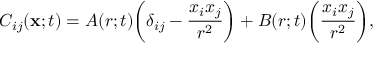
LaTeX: C _ { i j } ( { \bf x } ; t ) = A ( r ; t ) \bigg ( \delta _ { i j } - \frac { x _ { i } x _ { j } } { r ^ { 2 } } \bigg ) + B ( r ; t ) \biggl ( \frac { x _ { i } x _ { j } } { r ^ { 2 } } \biggr ) ,